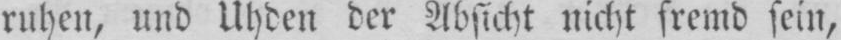
ruhen, und Uhden der Absicht nicht fremd sein,